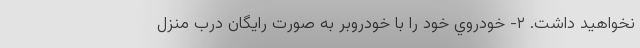
نخواهيد داشت. ٢- خودروي خود را با خودروبر به صورت رايگان درب منزل